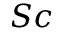
S c